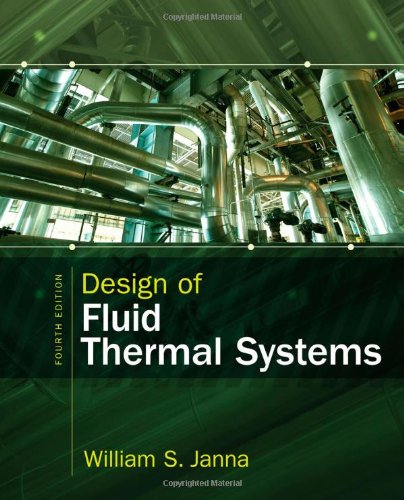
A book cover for Design of Fluid Thermal Systems; William S. Janna; Science & Math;